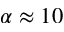
\alpha \approx 1 0